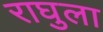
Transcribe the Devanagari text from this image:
राघुला